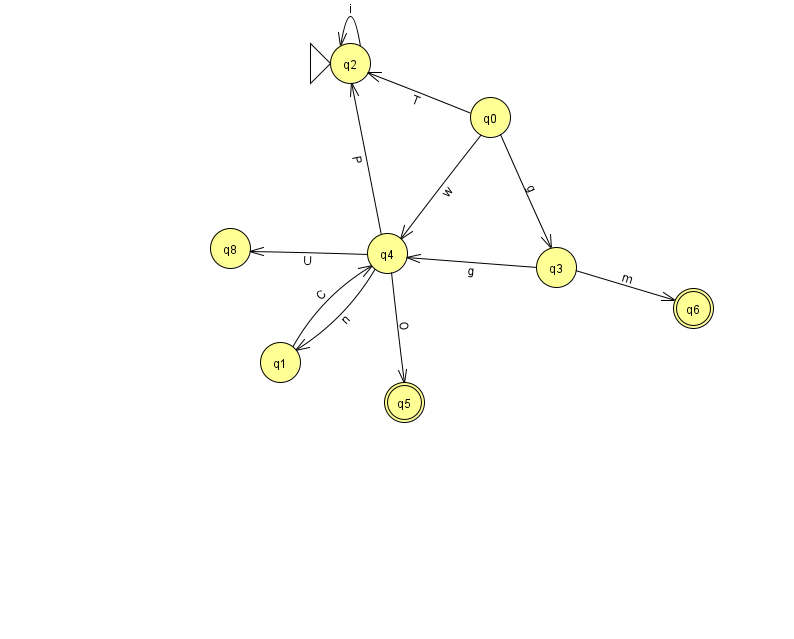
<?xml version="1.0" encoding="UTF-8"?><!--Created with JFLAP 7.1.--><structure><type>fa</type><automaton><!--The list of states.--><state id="0" name="q0"><x>490.0</x><y>104.0</y></state><state id="1" name="q1"><x>280.0</x><y>349.0</y></state><state id="2" name="q2"><x>350.0</x><y>50.0</y><initial/></state><state id="3" name="q3"><x>556.0</x><y>254.0</y></state><state id="4" name="q4"><x>387.0</x><y>240.0</y></state><state id="5" name="q5"><x>404.0</x><y>389.0</y><final/></state><state id="6" name="q6"><x>693.0</x><y>295.0</y><final/></state><state id="8" name="q8"><x>230.0</x><y>235.0</y></state><!--The list of transitions.--><transition><from>1</from><to>4</to><read>C</read></transition><transition><from>3</from><to>4</to><read>g</read></transition><transition><from>4</from><to>2</to><read>P</read></transition><transition><from>4</from><to>5</to><read>O</read></transition><transition><from>0</from><to>4</to><read>w</read></transition><transition><from>2</from><to>2</to><read>i</read></transition><transition><from>3</from><to>6</to><read>m</read></transition><transition><from>0</from><to>3</to><read>g</read></transition><transition><from>4</from><to>8</to><read>U</read></transition><transition><from>0</from><to>2</to><read>T</read></transition><transition><from>4</from><to>1</to><read>n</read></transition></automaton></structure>